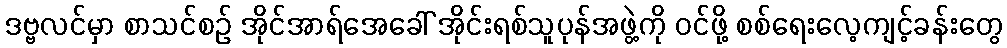
ဒဗ္ဗလင်မှာ စာသင်စဉ် အိုင်အာရ်အေခေါ် အိုင်းရစ်သူပုန်အဖွဲ့ကို ဝင်ဖို့ စစ်ရေးလေ့ကျင့်ခန်းတွေ